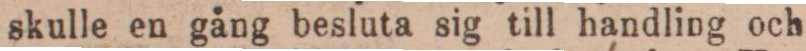
skulle en gång besluta sig till handling och